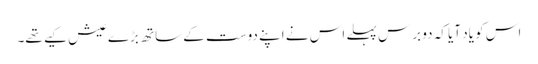
اس کو یاد آیا کہ دو برس پہلے اس نے اپنے دوست کے ساتھ بڑے عیش کیے تھے۔